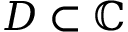
D \subset \mathbb { C }